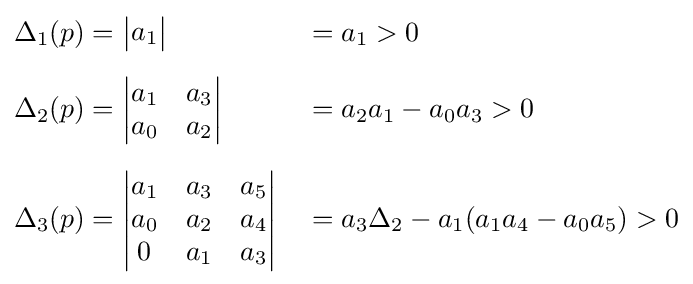
{\begin{aligned}\Delta _{1}(p)&={\begin{vmatrix}a_{1}\end{vmatrix}}&&=a_{1}>0\\[2mm]\Delta _{2}(p)&={\begin{vmatrix}a_{1}&a_{3}\\a_{0}&a_{2}\\\end{vmatrix}}&&=a_{2}a_{1}-a_{0}a_{3}>0\\[2mm]\Delta _{3}(p)&={\begin{vmatrix}a_{1}&a_{3}&a_{5}\\a_{0}&a_{2}&a_{4}\\0&a_{1}&a_{3}\\\end{vmatrix}}&&=a_{3}\Delta _{2}-a_{1}(a_{1}a_{4}-a_{0}a_{5})>0\end{aligned}}